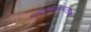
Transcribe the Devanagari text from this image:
परिनिरीक्षणमंडळाच्या